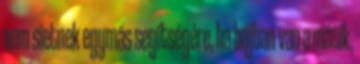
nem sietnek egymás segítségére, ha bajban van a másik,